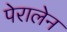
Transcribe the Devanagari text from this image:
पेरालेन